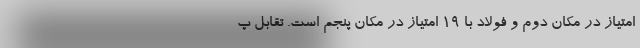
امتیاز در مکان دوم و فولاد با 19 امتیاز در مکان پنجم است. تقابل پ